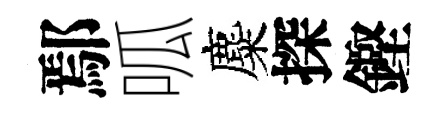
鄢呱麋探鏗